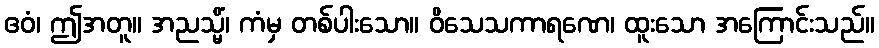
ဧဝံ၊ ဤအတူ။ အညသ္မိံ၊ ကံမှ တစ်ပါးသော။ ဝိသေသကာရဏေ၊ ထူးသော အကြောင်းသည်။